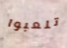
تلعبوا